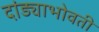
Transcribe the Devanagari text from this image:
दांड्याभोवती